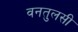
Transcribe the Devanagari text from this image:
वनतुलसी